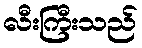
လီးကြီးသည်